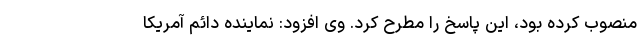
منصوب کرده بود، این پاسخ را مطرح کرد. وی افزود: نماینده دائم آمریکا